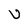
Character: U